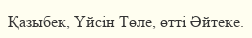
Қазыбек, Үйсін Төле, өтті Әйтеке.